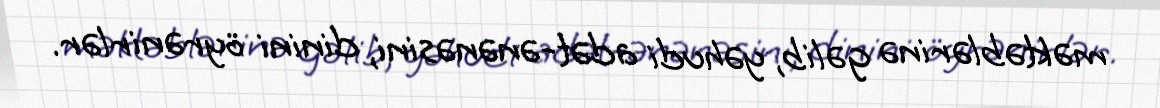
məktəblərinə gəlib, yəhudi adət-ənənəsini, dinini öyrənirlər.